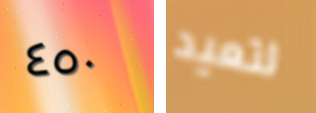
٤٥٠ لتعيد